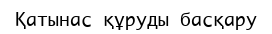
Қатынас құруды басқару